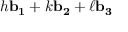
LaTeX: h \mathbf { b _ { 1 } } + k \mathbf { b _ { 2 } } + \ell \mathbf { b _ { 3 } }